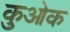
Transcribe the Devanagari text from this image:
कुओक